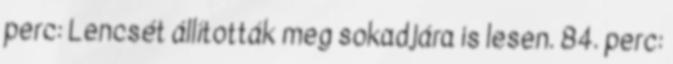
perc: Lencsét állították meg sokadjára is lesen. 84. perc: